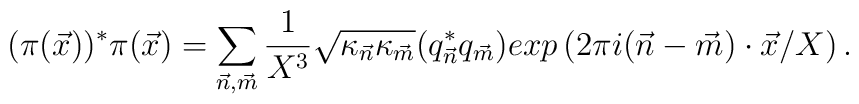
(\pi({\vec x}))^* \pi({\vec x}) = \sum_{\vec n,\vec m}\frac{1}{X^{3}}{\sqrt{\kappa_{\vec n} \kappa_{\vec m}}} (q^*_{\vec n} q_{\vec m})exp\left(2\pi i ({\vec n}-{\vec m})\cdot {\vec x}/X \right).